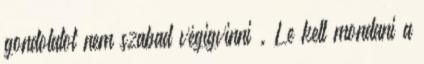
gondolatot nem szabad végigvinni . Le kell mondani a